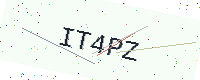
Text: IT4PZ